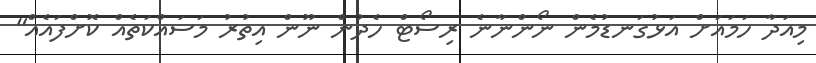
މިއަދާ ހަމައަށް އަޅުގަނޑުމެން ނޯންނާނެ ރިސޯޓް ހެދުން ނޫން އިތުރު މަސައްކަތެއް ކޮށްފައެއް"